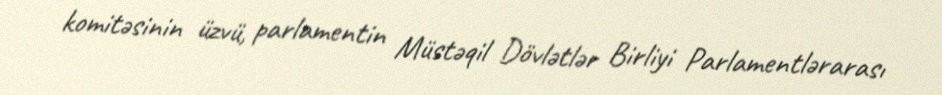
komitəsinin üzvü, parlamentin Müstəqil Dövlətlər Birliyi Parlamentlərarası